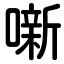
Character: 噺